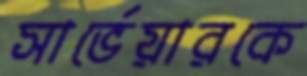
সার্ভেয়ারকে